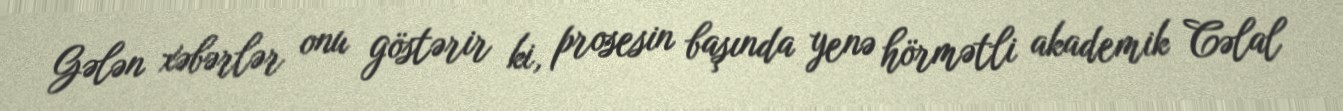
Gələn xəbərlər onu göstərir ki, prosesin başında yenə hörmətli akademik Cəlal